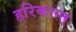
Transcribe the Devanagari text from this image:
हरिकान्त